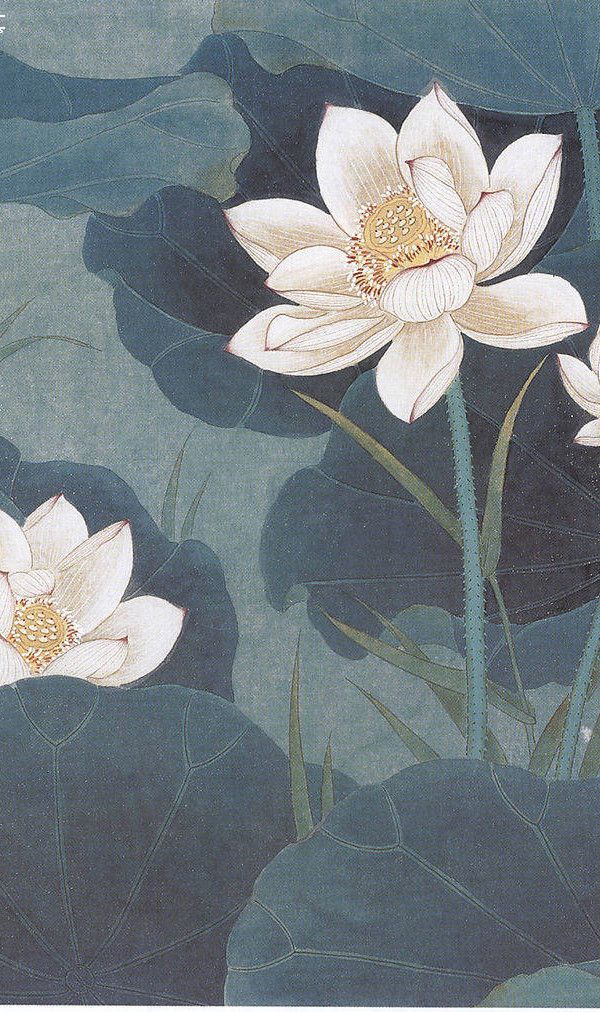
渌水明秋月，南湖采白蘋。